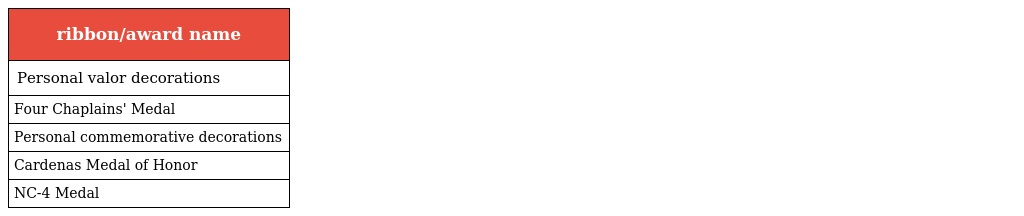
| ribbon/award name |
 | --- |
 | Personal valor decorations |
 | Four Chaplains' Medal |
 | Personal commemorative decorations |
 | Cardenas Medal of Honor |
 | NC-4 Medal |